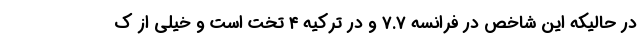
در حالیکه این شاخص در فرانسه ۷.۷ و در ترکیه ۴ تخت است و خیلی از ک